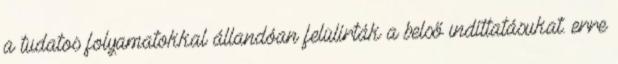
a tudatos folyamatokkal állandóan felülírták a belső indíttatásukat. erre